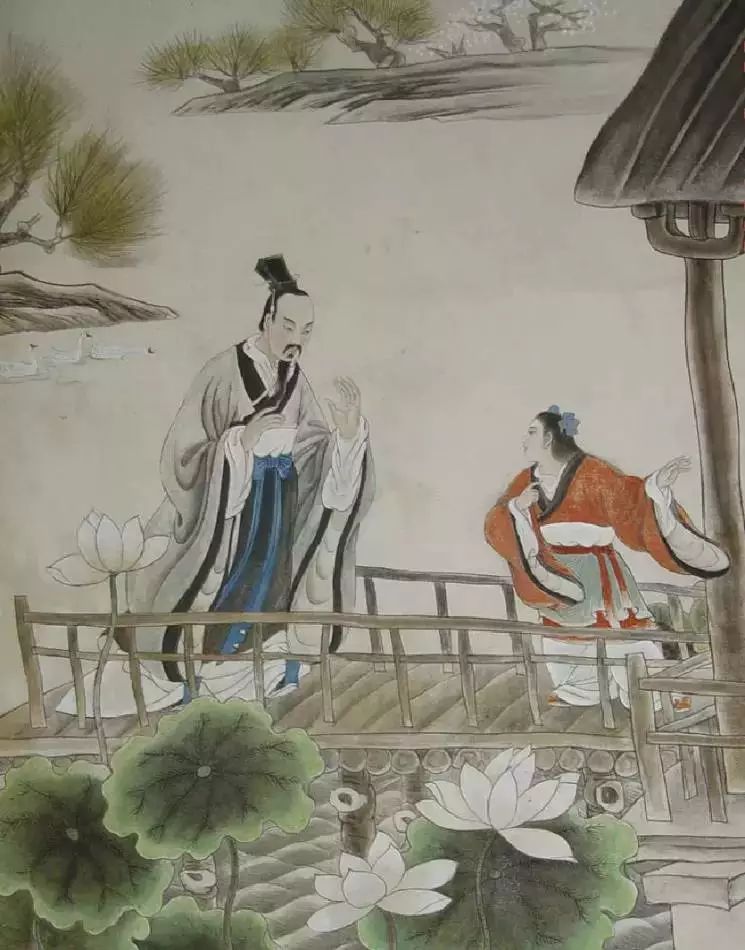
言则称于汤文，行则譬于狗豨。